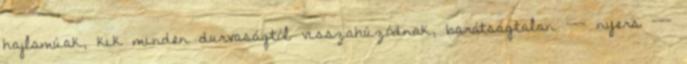
hajlamúak, kik minden durvaságtól visszahúzódnak, barátságtalan --- nyers ---